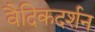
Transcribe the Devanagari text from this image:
वैदिकदर्शन